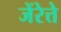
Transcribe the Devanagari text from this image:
जेंरेत्ते